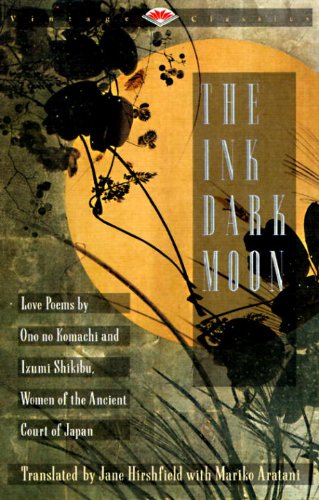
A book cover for The Ink Dark Moon: Love Poems by Onono Komachi and Izumi Shikibu, Women of the Ancient Court of Japan (Vintage Classics); no Komachi Ono; Literature & Fiction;